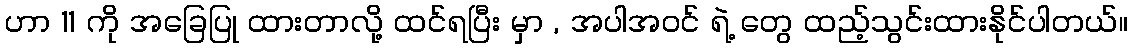
ဟာ 11 ကို အခြေပြု ထားတာလို့ ထင်ရပြီး မှာ , အပါအဝင် ရဲ့ တွေ ထည့်သွင်းထားနိုင်ပါတယ်။